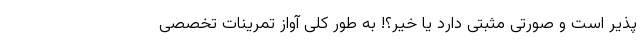
پذیر است و صورتی مثبتی دارد یا خیر؟! به طور کلی آواز تمرینات تخصصی